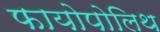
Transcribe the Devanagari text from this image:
फायोपोलिथ